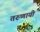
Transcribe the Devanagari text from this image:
तरुणायी